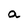
Character: a